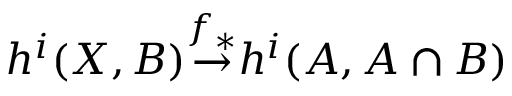
{ } \quad h ^ { i } ( X , B ) { \overset { f _ { * } } { \to } } h ^ { i } ( A , A \cap B )